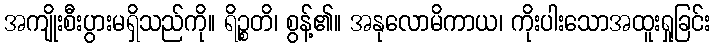
အကျိုးစီးပွားမရှိသည်ကို။ ရိဉ္စတိ၊ စွန့်၏။ အနုလောမိကာယ၊ ကိုးပါးသောအထူးရှုခြင်း